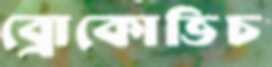
ব্রোকোভিচ